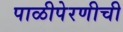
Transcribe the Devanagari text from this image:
पाळीपेरणीची